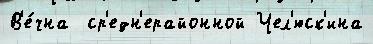
В'е́чна  ср'едн'ерайонной Чел'юск'ина